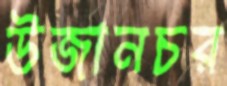
উজানচর